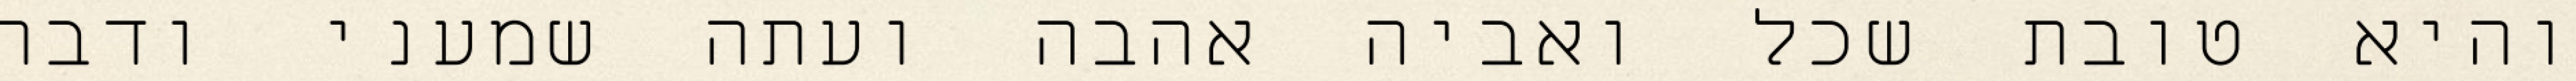
והיא טובת שכל ואביה אהבה ועתה שמעני ודבר